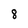
Character: 8